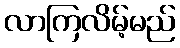
လာကြလိမ့်မည်